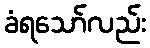
ခံရသော်လည်း